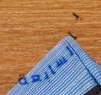
بالسابعة